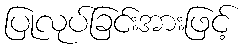
ပြုလုပ်ခြင်းအားဖြင့်